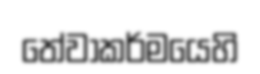
තේවාකර්මයෙහි